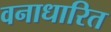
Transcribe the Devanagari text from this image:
वनाधारित